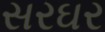
સરઘર